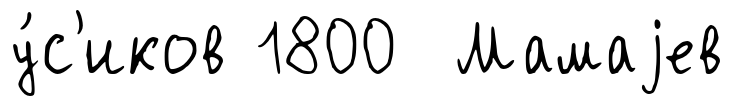
у́с'иков 1800 Мамаjев